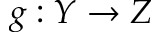
g : Y \to Z